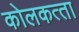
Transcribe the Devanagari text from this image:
कोलकत्‍ता